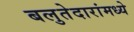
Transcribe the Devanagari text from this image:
बलुतेदारांमध्ये